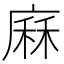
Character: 𢊆